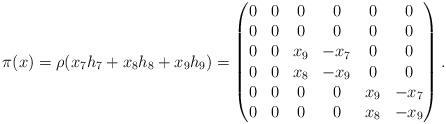
LaTeX: \begin{align*} \pi(x)=\rho(x_7h_7+x_8h_8+x_9h_9)=\begin{pmatrix} 0 & 0 & 0 & 0 & 0 & 0\\ 0 & 0 & 0 & 0 & 0 & 0\\ 0 & 0 & x_9 & -x_7 & 0 & 0\\ 0 & 0 & x_8 & -x_9 & 0 & 0\\ 0 & 0 & 0 & 0 & x_9 & -x_7\\ 0 & 0 & 0 & 0 & x_8 & -x_9 \end{pmatrix}.\end{align*}